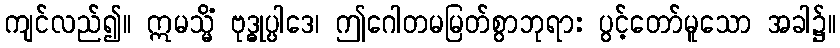
ကျင်လည်၍။ ဣမသ္မိံ ဗုဒ္ဓုပ္ပါဒေ၊ ဤဂေါတမမြတ်စွာဘုရား ပွင့်တော်မူသော အခါ၌။